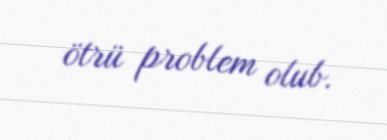
ötrü problem olub.